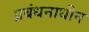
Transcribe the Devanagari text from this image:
प्रबंधनाधीन